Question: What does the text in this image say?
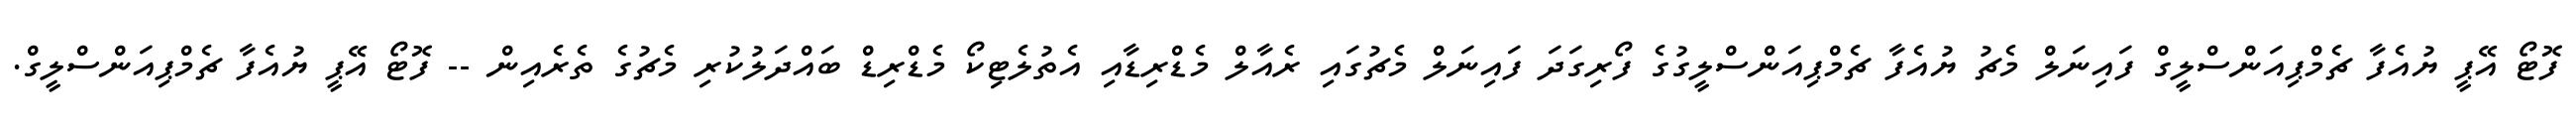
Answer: ފޮޓޯ އޭޕީ ޔުއެފާ ޗެމްޕިއަންސްލީގް ފައިނަލް މެޗު ޔުއެފާ ޗެމްޕިއަންސްލީގުގެ ފޯރިގަދަ ފައިނަލް މެޗުގައި ރެއާލް މެޑްރިޑާއި އެތުލެޓިކޯ މެޑްރިޑް ބައްދަލުކުރި މެޗުގެ ތެރެއިން -- ފޮޓޯ އޭޕީ ޔުއެފާ ޗެމްޕިއަންސްލީގް.